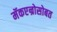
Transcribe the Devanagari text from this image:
मॅकएन्रोसोबत